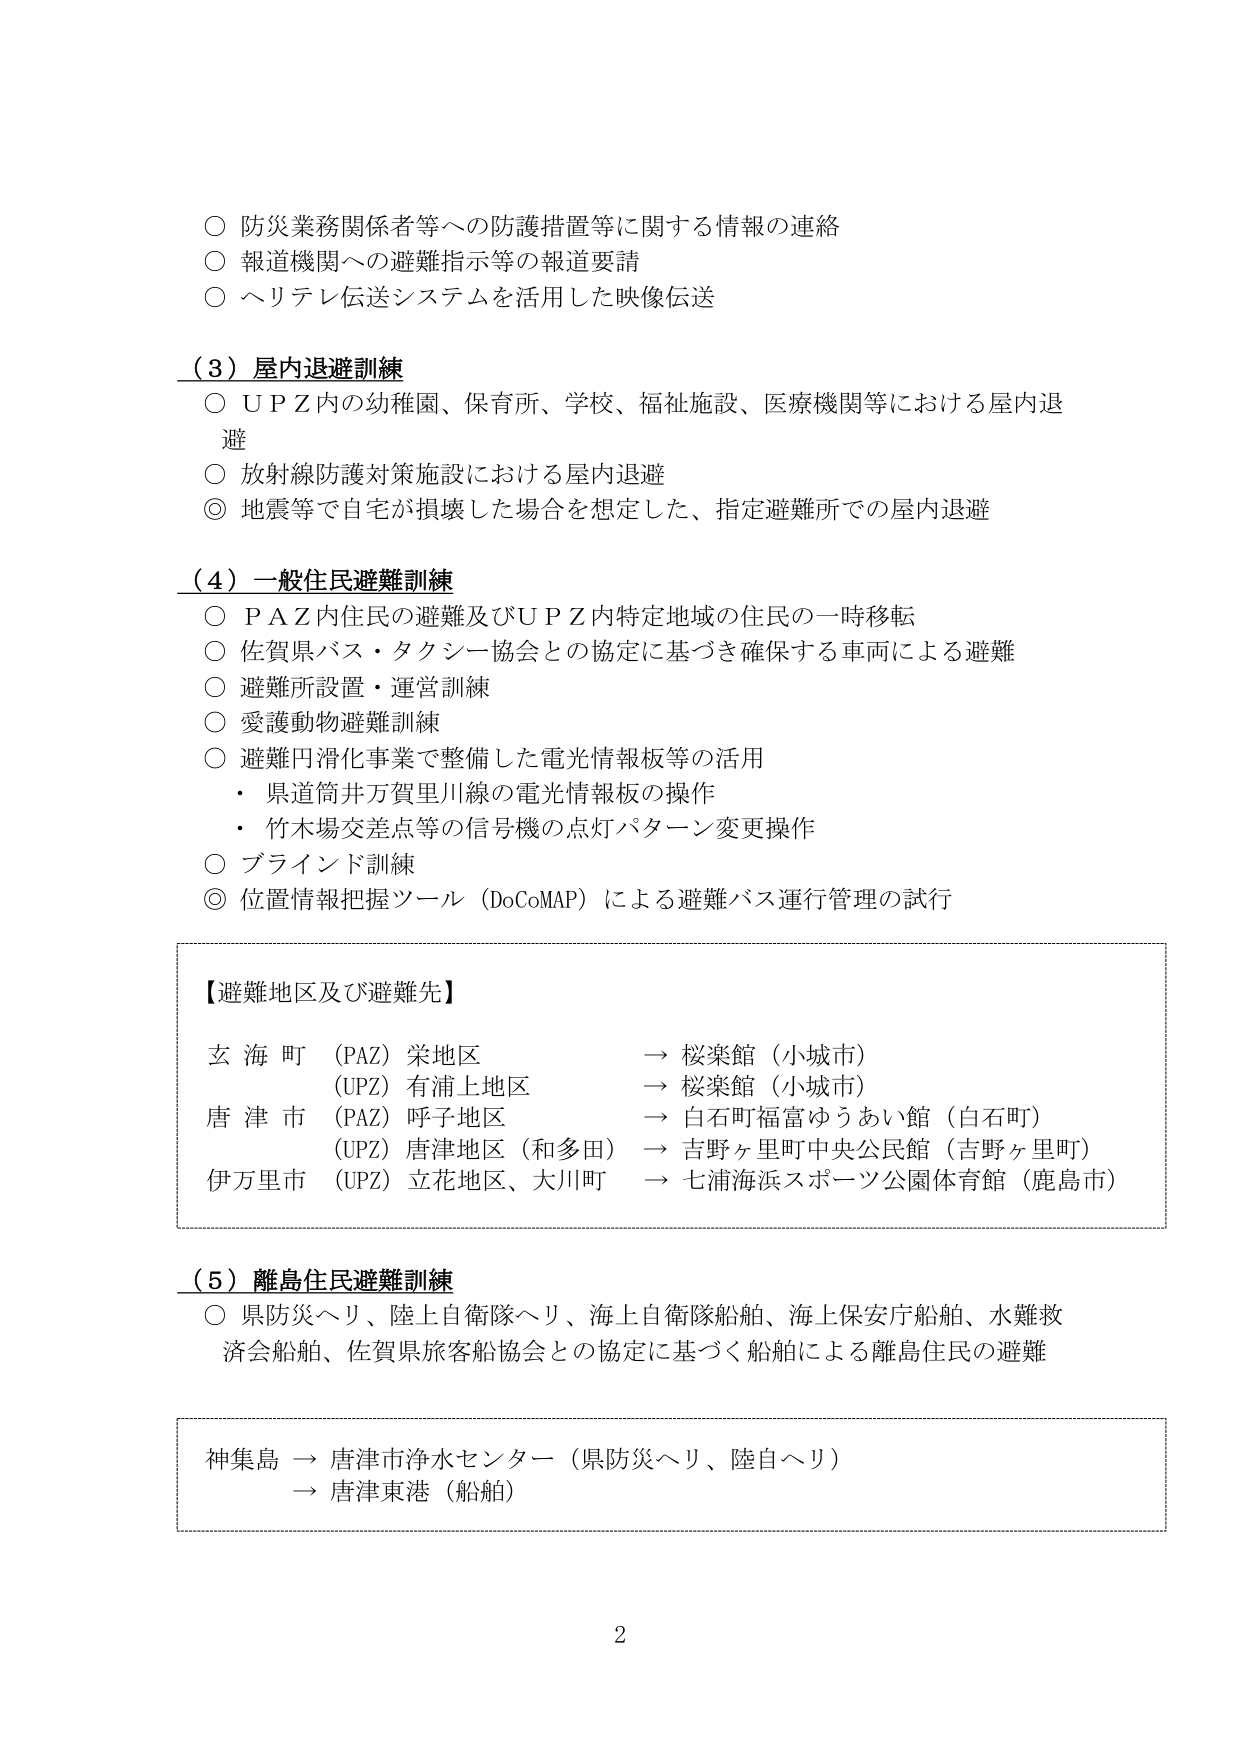
○ 防災業務関係者等への防護措置等に関する情報の連絡
○ 報道機関への避難指示等の報道要請
○ ヘリテレ伝送システムを活用した映像伝送

（3）屋内退避訓練
○ ＵＰＺ内の幼稚園、保育所、学校、福祉施設、医療機関等における屋内退避
○ 放射線防護対策施設における屋内退避
◎ 地震等で自宅が損壊した場合を想定した、指定避難所での屋内退避

（4）一般住民避難訓練
○ ＰＡＺ内住民の避難及びＵＰＺ内特定地域の住民の一時移転
○ 佐賀県バス・タクシー協会との協定に基づき確保する車両による避難
○ 避難所設置・運営訓練
○ 愛護動物避難訓練
○ 避難円滑化事業で整備した電光情報板等の活用
　・ 県道筒井万賀里川線の電光情報板の操作
　・ 竹木場交差点等の信号機の点灯パターン変更操作
○ ブラインド訓練
◎ 位置情報把握ツール（DoCoMAP）による避難バス運行管理の試行

【避難地区及び避難先】
玄海町 （PAZ）栄地区 → 桜楽館（小城市）
　　　　（UPZ）有浦上地区 → 桜楽館（小城市）
唐津市 （PAZ）呼子地区 → 白石町福富ゆうあい館（白石町）
　　　　（UPZ）唐津地区（和多田） → 吉野ヶ里町中央公民館（吉野ヶ里町）
伊万里市 （UPZ）立花地区、大川町 → 七浦海浜スポーツ公園体育館（鹿島市）

（5）離島住民避難訓練
○ 県防災ヘリ、陸上自衛隊ヘリ、海上自衛隊船舶、海上保安庁船舶、水難救助会船舶、佐賀県旅客船協会との協定に基づく船舶による離島住民の避難

神集島 → 唐津市浄水センター（県防災ヘリ、陸自ヘリ）
　　　→ 唐津東港（船舶）

2